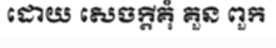
ដោយ សេចក្តីគុំ គួន ពួក